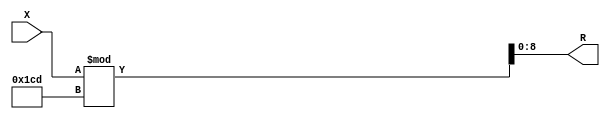
module x_200_mod_461_reg(
    input [200:1] X,
    output [9:1] R
    );


assign R = X % 461;

endmodule